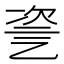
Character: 𠃻